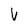
Character: V